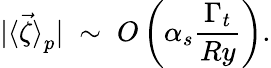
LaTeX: |{\langle\vec{\zeta}\rangle}_{p}|\; \sim\; O\left(\alpha_{s}\frac{\Gamma_{t}}{Ry}\right).